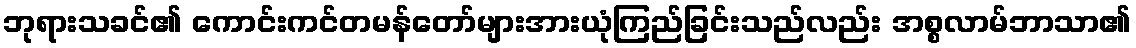
ဘုရားသခင်၏ ကောင်းကင်တမန်တော်များအားယုံကြည်ခြင်းသည်လည်း အစ္စလာမ်ဘာသာ၏